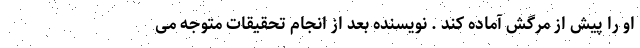
او را پیش از مرگش آماده کند . نویسنده بعد از انجام تحقیقات متوجه می